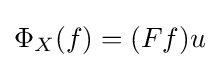
\Phi _{X}(f)=(Ff)u